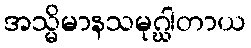
အသ္မိမာနသမုဂ္ဃါတာယ